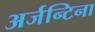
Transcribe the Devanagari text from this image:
अर्जन्टिना